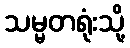
သမ္မတရုံးသို့